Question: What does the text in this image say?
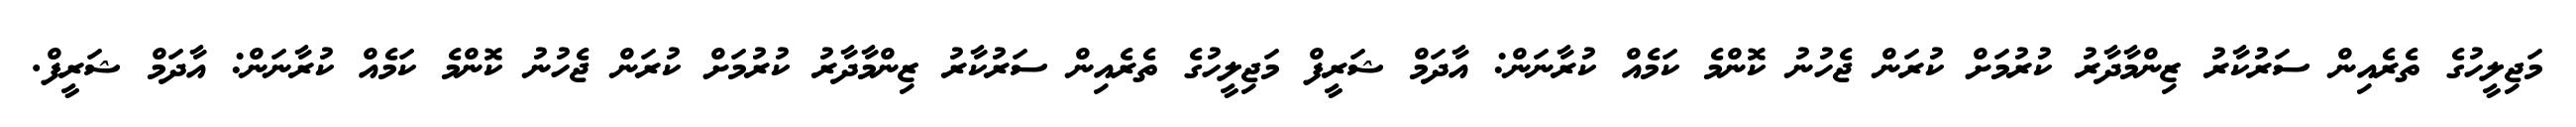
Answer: މަޖިލީހުގެ ތެރެއިން ސަރުކާރު ޒިންމާދާރު ކުރުމަށް ކުރަން ޖެހުނު ކޮންމެ ކަމެއް ކުރާނަން: އާދަމް ޝަރީފް މަޖިލީހުގެ ތެރެއިން ސަރުކާރު ޒިންމާދާރު ކުރުމަށް ކުރަން ޖެހުނު ކޮންމެ ކަމެއް ކުރާނަން: އާދަމް ޝަރީފް.